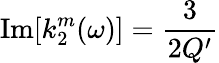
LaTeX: \operatorname{Im}[k_{2}^{m}(\omega)]=\frac{3}{2Q^{\prime}}